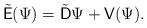
LaTeX: \begin{align*}\tilde{\mathsf{E}}(\Psi)=\tilde{\mathsf{D}} \Psi + \mathsf{V}(\Psi).\end{align*}